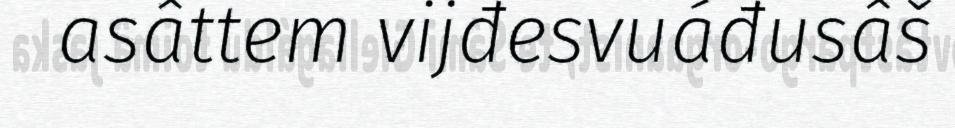
asâttem vijđesvuáđusâš